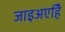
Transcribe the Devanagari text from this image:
जाइअएहिँ